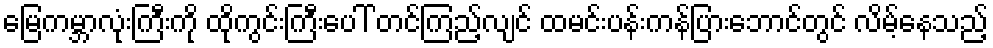
မြေကမ္ဘာလုံးကြီးကို ထိုကွင်းကြီးပေါ် တင်ကြည့်လျင် ထမင်းပန်းကန်ပြားဘောင်တွင် လိမ့်နေသည့်